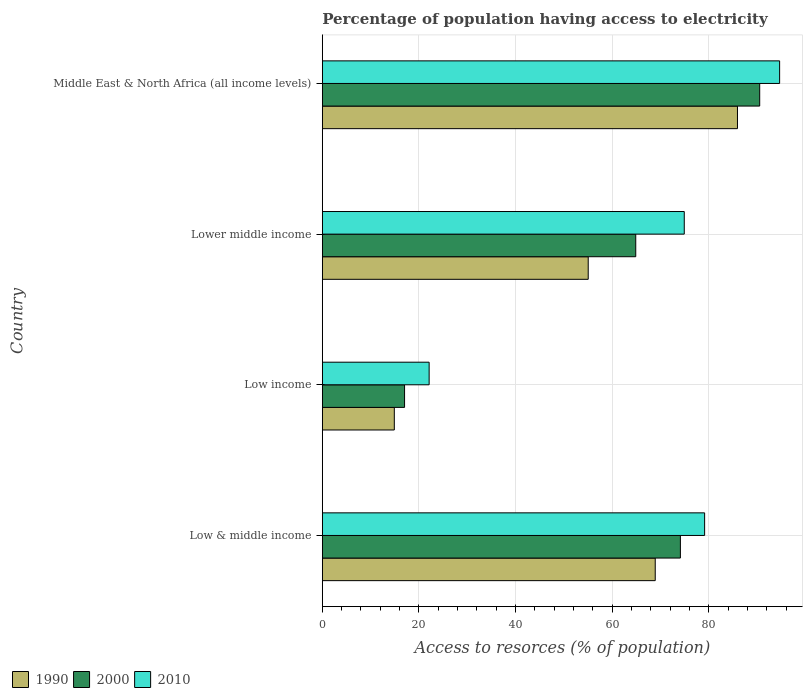
| Country | 1990 | 2000 | 2010 |
 | --- | --- | --- | --- |
 | Low & middle income | 68.9 | 74.1 | 79.1 |
 | Low income | 14.9 | 17 | 22.1 |
 | Lower middle income | 55 | 64.9 | 74.9 |
 | Middle East & North Africa (all income levels) | 85.9 | 90.5 | 94.6 |